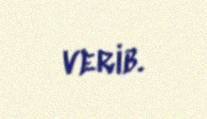
verib.